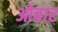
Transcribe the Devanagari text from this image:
ओबार